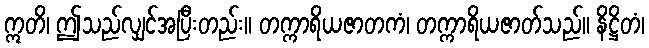
ဣတိ၊ ဤသည်လျှင်အပြီးတည်း။ တက္ကာရိယဇာတကံ၊ တက္ကာရိယဇာတ်သည်။ နိဋ္ဌိတံ၊